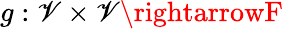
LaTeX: g:\mathscr{V}\times\mathscr{V}\rightarrowF